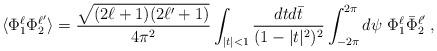
LaTeX: \begin{align*} \langle \Phi^\ell_1 \Phi^{\ell'}_2 \rangle = \frac{\sqrt{(2\ell+1)(2\ell'+1)}}{4\pi^2} \int_{|t|<1}\frac{dtd\bar t }{(1-|t|^2)^2} \int^{2\pi}_{-2\pi} d\psi\ \Phi^\ell_1 \bar\Phi^{\ell'}_2 \, ,\end{align*}